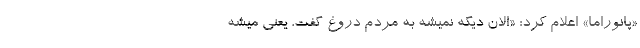
«پانوراما» اعلام کرد: «الان دیگه نمیشه به مردم دروغ گفت، یعنی میشه